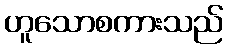
ဟူသောစကားသည်